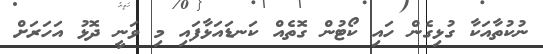
ނުކުތާއަކާ ގުޅިގެން ހައި ކޯޓުން ގޮތެއް ކަނޑައަޅާފައި މި ވަނީ ދޮޅު އަހަރަށް